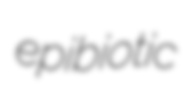
epibiotic